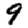
Digit: 9